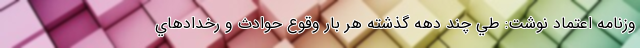
وزنامه اعتماد نوشت: طي چند دهه گذشته هر بار وقوع حوادث و رخدادهاي